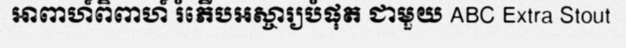
អាពាហ៍ពិពាហ៍ រំភើបអស្ចារ្យបំផុត ជាមួយ ABC Extra Stout